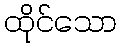
ထိုင်သော